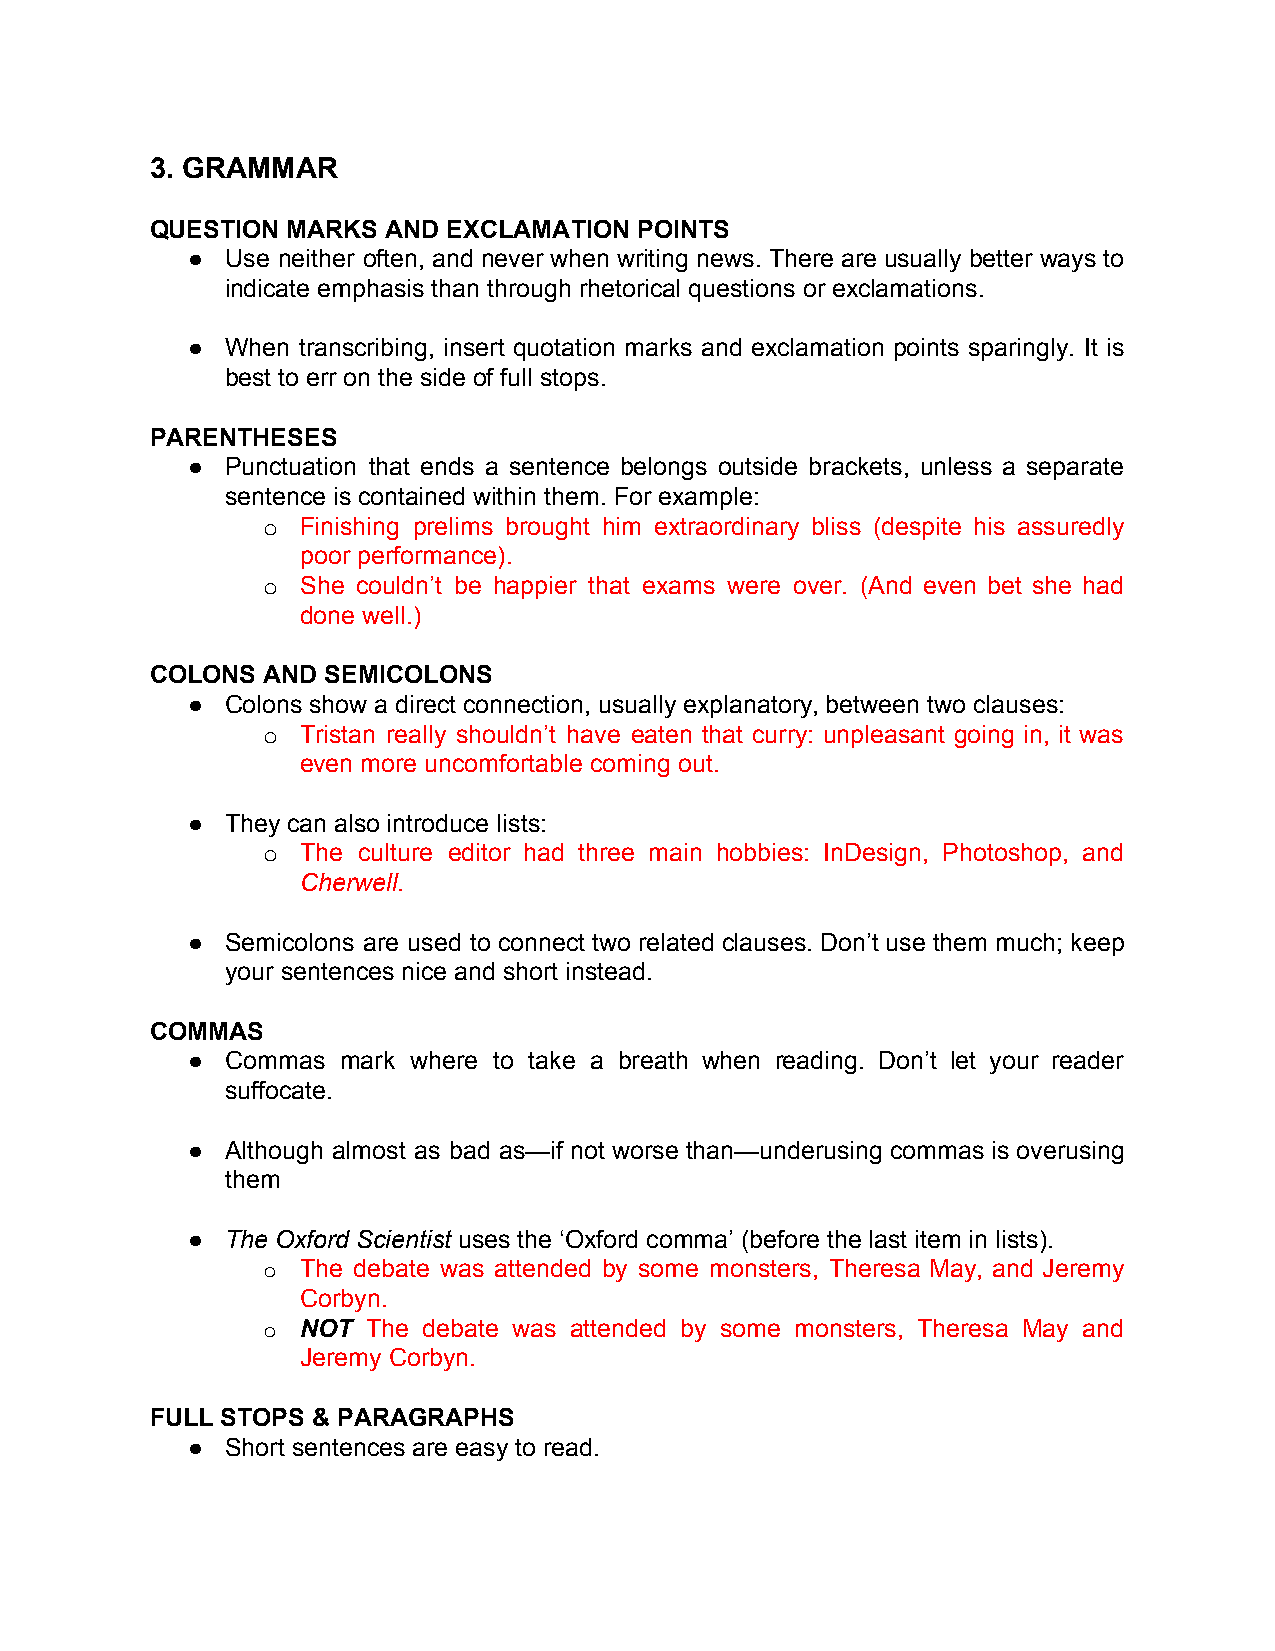
3. GRAMMAR
 QUESTION MARKS  AND EXCLAMATION POINTS
 ●  Use neither often, and never when writing news. There are usually better ways to
 indicate emphasis than through rhetorical questions or exclamations.
 ●  When transcribing, insert quotation marks and exclamation points sparingly. It is
 best to err on the side of full stops.
 PARENTHESES
 ●  Punctuation that ends a sentence belongs outside brackets, unless a separate
 sentence is contained within them. For example:
 o  Finishing prelims brought him extraordinary bliss (despite his assuredly
 poor performance).
 o  She couldn’t be happier that exams were over. (And even bet she had
 done well.)
 COLONS AND  SEMICOLONS
 ●  Colons show a direct connection, usually explanatory, between two clauses:
 o  Tristan really shouldn’t have eaten that curry: unpleasant going in, it was
 even more uncomfortable coming out.
 ●  They can also introduce lists:
 o  The culture editor had three main hobbies: InDesign, Photoshop, and
 Cherwell.
 ​
 ●  Semicolons are used to connect two related clauses. Don’t use them much; keep
 your sentences nice and short instead.
 COMMAS
 ●  Commas mark where to take a breath when reading. Don’t let your reader
 suffocate.
 ●  Although almost as bad as—if not worse than—underusing commas is overusing
 them
 ●  The Oxford Scientist uses the ‘Oxford comma’ (before the last item in lists).
 ​
 o  The debate was attended by some monsters, Theresa May, and Jeremy
 Corbyn.
 o  NOT The debate was attended by some monsters, Theresa May and
 ​
 Jeremy Corbyn.
 FULL STOPS & PARAGRAPHS
 ●  Short sentences are easy to read.